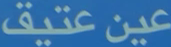
عينعتيق